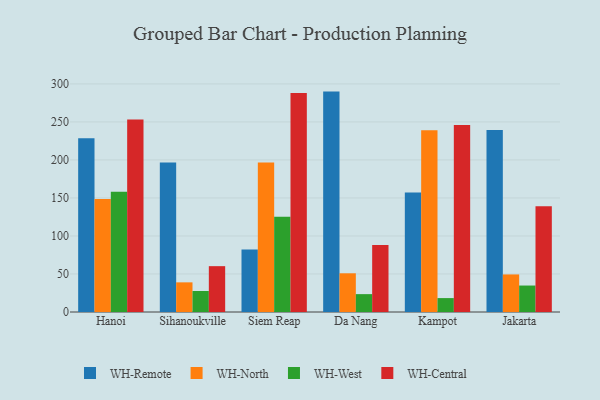
{"axis": {"x": "City", "y": "Energy Usage (MWh)"}, "legend": ["WH-Central", "WH-North", "WH-Remote", "WH-West"], "data": [{"x": "Hanoi", "y": 228.5, "type": "WH-Remote"}, {"x": "Hanoi", "y": 148.5, "type": "WH-North"}, {"x": "Hanoi", "y": 158.2, "type": "WH-West"}, {"x": "Hanoi", "y": 253.3, "type": "WH-Central"}, {"x": "Sihanoukville", "y": 196.7, "type": "WH-Remote"}, {"x": "Sihanoukville", "y": 39.0, "type": "WH-North"}, {"x": "Sihanoukville", "y": 27.6, "type": "WH-West"}, {"x": "Sihanoukville", "y": 60.3, "type": "WH-Central"}, {"x": "Siem Reap", "y": 82.3, "type": "WH-Remote"}, {"x": "Siem Reap", "y": 196.5, "type": "WH-North"}, {"x": "Siem Reap", "y": 125.3, "type": "WH-West"}, {"x": "Siem Reap", "y": 288.2, "type": "WH-Central"}, {"x": "Da Nang", "y": 289.9, "type": "WH-Remote"}, {"x": "Da Nang", "y": 50.9, "type": "WH-North"}, {"x": "Da Nang", "y": 23.5, "type": "WH-West"}, {"x": "Da Nang", "y": 88.2, "type": "WH-Central"}, {"x": "Kampot", "y": 157.2, "type": "WH-Remote"}, {"x": "Kampot", "y": 239.0, "type": "WH-North"}, {"x": "Kampot", "y": 18.3, "type": "WH-West"}, {"x": "Kampot", "y": 246.0, "type": "WH-Central"}, {"x": "Jakarta", "y": 239.3, "type": "WH-Remote"}, {"x": "Jakarta", "y": 49.4, "type": "WH-North"}, {"x": "Jakarta", "y": 34.8, "type": "WH-West"}, {"x": "Jakarta", "y": 139.1, "type": "WH-Central"}]}